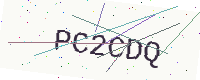
Text: PC2CDQ